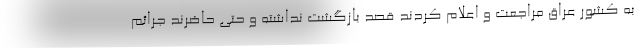
به کشور عراق مراجعت و اعلام کردند قصد بازگشت نداشته و حتی حاضرند جرائم